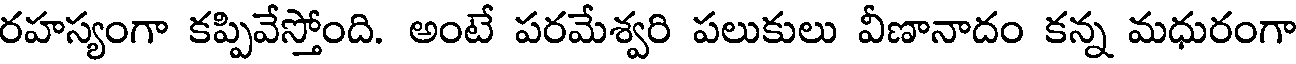
రహస్యంగా కప్పివేస్తోంది. అంటే పరమేశ్వరి పలుకులు వీణానాదం కన్న మధురంగా